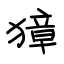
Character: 獐